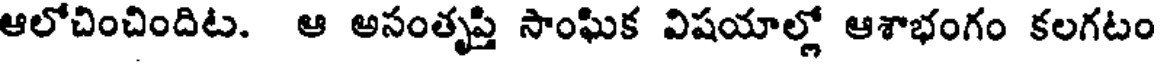
ఆలోచించిందిట. ఆ అసంతృప్తి సాంఘిక విషయాల్లో ఆశాభంగం కలగటం